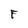
Character: F